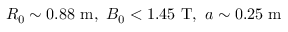
R _ { 0 } \sim 0 . 8 8 ~ \mathrm { m } , ~ B _ { 0 } < 1 . 4 5 ~ \mathrm { T } , ~ a \sim 0 . 2 5 ~ \mathrm { m }